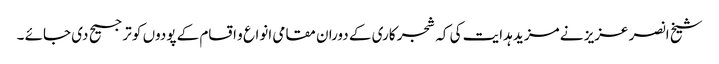
شیخ انصر عزیز نے مزید ہدایت کی کہ شجر کاری کے دوران مقامی انواع و اقسام کے پودوں کو ترجیح دی جائے ۔